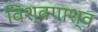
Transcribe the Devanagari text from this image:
विश्वगाश्व